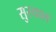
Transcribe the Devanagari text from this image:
सुस्याल